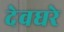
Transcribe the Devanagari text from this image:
देवघरे